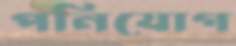
পনিযোগ